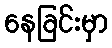
နေခြင်းမှာ